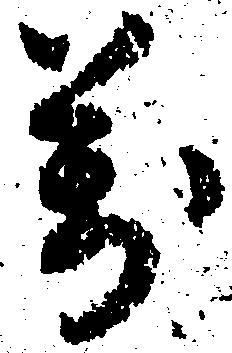
万